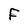
Character: F